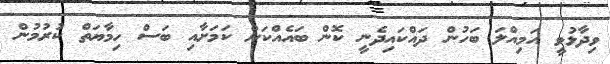
ވިދާޅުވީ އަމިއްލަ ބަހުން ދައްކައިދެނީ ކޮން ބައެއްކަން ކަމަށާއި ބަސް ހިމާޔަތް ކުރުމުން